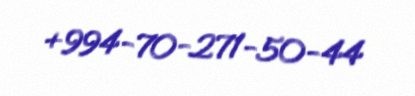
+994-70-271-50-44